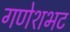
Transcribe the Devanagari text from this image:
गणेशभट